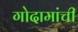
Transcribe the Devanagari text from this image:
गोदामांची